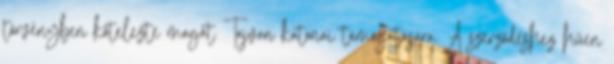
törvényben kötelezte magát Tajvan katonai támogatására. A szerződéshez hűen